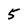
Character: 5